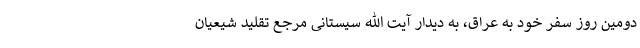
دومین روز سفر خود به عراق، به دیدار آیت الله سیستانی مرجع تقلید شیعیان